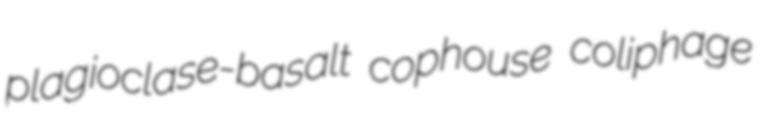
plagioclase-basalt cophouse coliphage